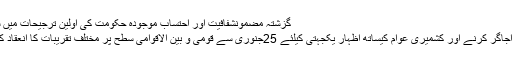
گزشتہ مضمونشفافیت اور احتساب موجودہ حکومت کی اولین ترجیحات میں شامل ہے ، صدر مملکت ڈاکٹر عارف علوی
اگلا مضمونمسئلہ کشمیر کو منظم انداز میں اجاگر کرنے اور کشمیری عوام کیساتھ اظہار یکجہتی کیلئے 25جنوری سے قومی و بین الاقوامی سطح پر مختلف تقریبات کا انعقاد کیا جائے گا، وزیر خارجہ شاہ محمود قریشی